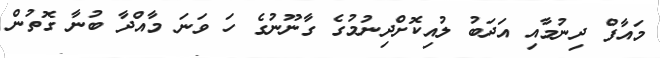
މައާފް ދިނުމާއި އަދަބު ލުއިކޮށްދިނުމުގެ ގާނޫނުގެ ހަ ވަނަ މާއްދާ ބުނާ ގޮތުން